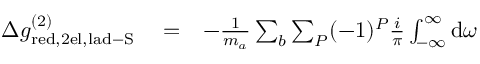
\begin{array} { r l r } { \Delta g _ { \mathrm { r e d , 2 e l , l a d - S } } ^ { ( 2 ) } } & { { } = } & { - \frac { 1 } { m _ { a } } \sum _ { b } \sum _ { P } ( - 1 ) ^ { P } \frac { i } { \pi } \int _ { - \infty } ^ { \infty } \mathrm { d } \omega } \end{array}